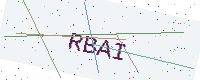
Text: RBAI